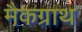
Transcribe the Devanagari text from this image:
मैकग्राथ